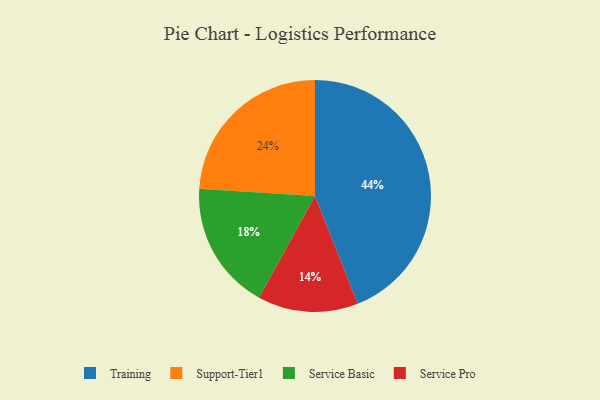
{"axis": {"x": "Category", "y": "Percentage"}, "legend": ["Service Basic", "Service Pro", "Support-Tier1", "Training"], "data": [{"x": "Training", "y": 44, "type": "Training"}, {"x": "Service Pro", "y": 14, "type": "Service Pro"}, {"x": "Service Basic", "y": 18, "type": "Service Basic"}, {"x": "Support-Tier1", "y": 24, "type": "Support-Tier1"}]}